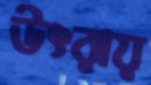
উৎরায়